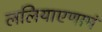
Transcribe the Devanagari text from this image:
ललियाएणामं